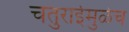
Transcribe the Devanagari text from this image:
चतुराईमुळेच